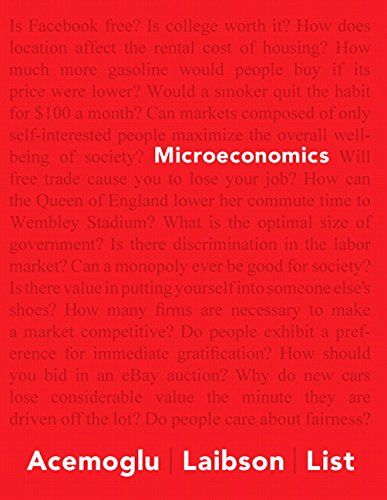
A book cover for Microeconomics (The Pearson Series in Economics); Daron Acemoglu; Business & Money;